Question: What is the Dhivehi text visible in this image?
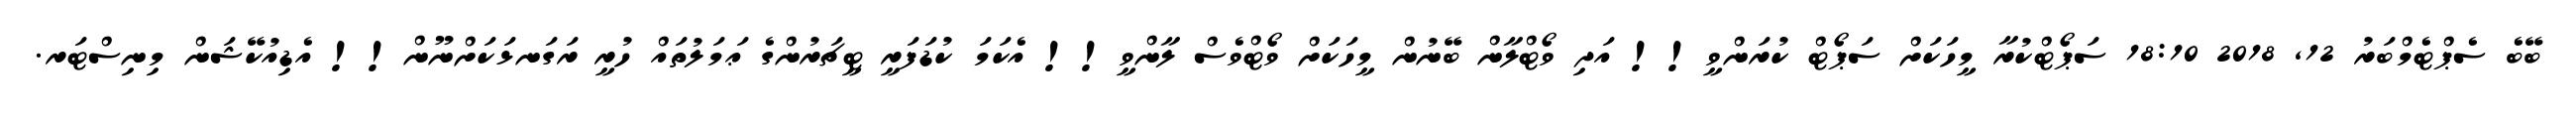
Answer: ބޭބެ ސެޕްޓެމްބަރު 12, 2018 18:10 ސަޕޯޓްކުރާ މީހަކަށް ސަޕޯޓް ކުރަންވީ!! އަދި ވޯޓްލާން ބޭނުން މީހަކަށް ވޯޓްވެސް ލާންވީ!! އެކަމަ ކުޑަފަރީ ޓީޗަރުންގެ ޢަމަލުތައް ހުރީ ރަގަނޅަކަށްނޫން!! އެޑިއުކޭޝަން މިނިސްޓަރ.